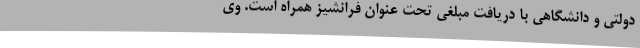
دولتی و دانشگاهی با دریافت مبلغی تحت عنوان فرانشیز همراه است. وی